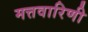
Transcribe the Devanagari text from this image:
मत्तवारिणी